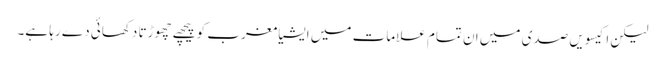
لیکن اکیسویں صدی میں ان تمام علامات میں ایشیا مغرب کو پیچھے چھوڑتا دکھائی دے رہا ہے۔